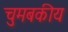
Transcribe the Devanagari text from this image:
चुमबकीय